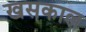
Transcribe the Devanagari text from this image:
खसकाल